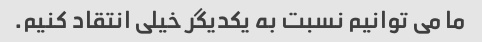
ما می توانیم نسبت به یکدیگر خیلی انتقاد کنیم.